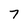
Character: 7